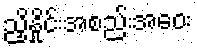
ညှိနှိုင်းအစည်းအဝေး